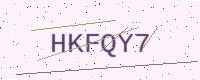
Text: HKFQY7